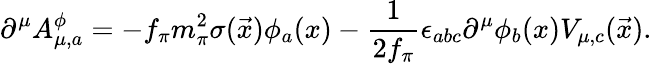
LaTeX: \partial^{\mu}A_{\mu,a}^{\phi}=-f_{\pi}m_{\pi}^{2}\sigma(\vec{x})\phi_{a}(x)-\frac{1}{2f_{\pi}}\epsilon_{abc}\partial^{\mu}\phi_{b}(x)V_{\mu,c}(\vec{x}).